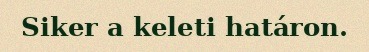
Siker a keleti határon.